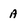
Character: A